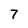
Character: 7